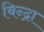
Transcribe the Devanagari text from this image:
बिन्द्रा